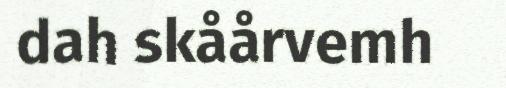
dah skåårvemh